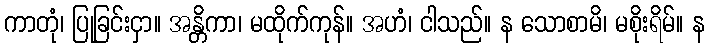
ကာတုံ၊ ပြုခြင်းငှာ။ အန္တိကာ၊ မထိုက်ကုန်။ အဟံ၊ ငါသည်။ န သောစာမိ၊ မစိုးရိမ်။ န